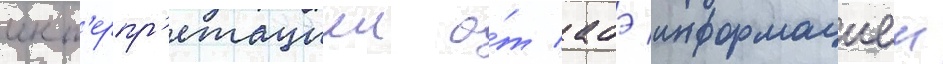
инт'ерпр'етациеи о́т абэ информациеи